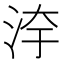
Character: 𣳹